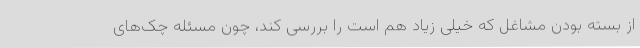
از بسته بودن مشاغل که خیلی زیاد هم است را بررسی کند، چون مسئله چک‌های